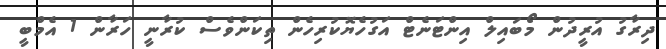
ދިރާގު އުރީދުން މޯބައިލް އިންޓަނެޓް އަގުހެޔޮކުރިހެން ތިކަންވެސް ކުރާނީ ހަރާން 1 އެމްބީ